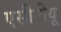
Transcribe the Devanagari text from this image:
एसीटीयू